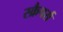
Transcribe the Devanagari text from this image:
स्क्रैपर्स